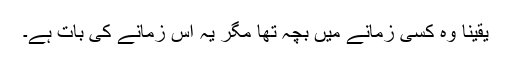
یقیناً وہ کسی زمانے میں بچہ تھا مگر یہ اس زمانے کی بات ہے۔